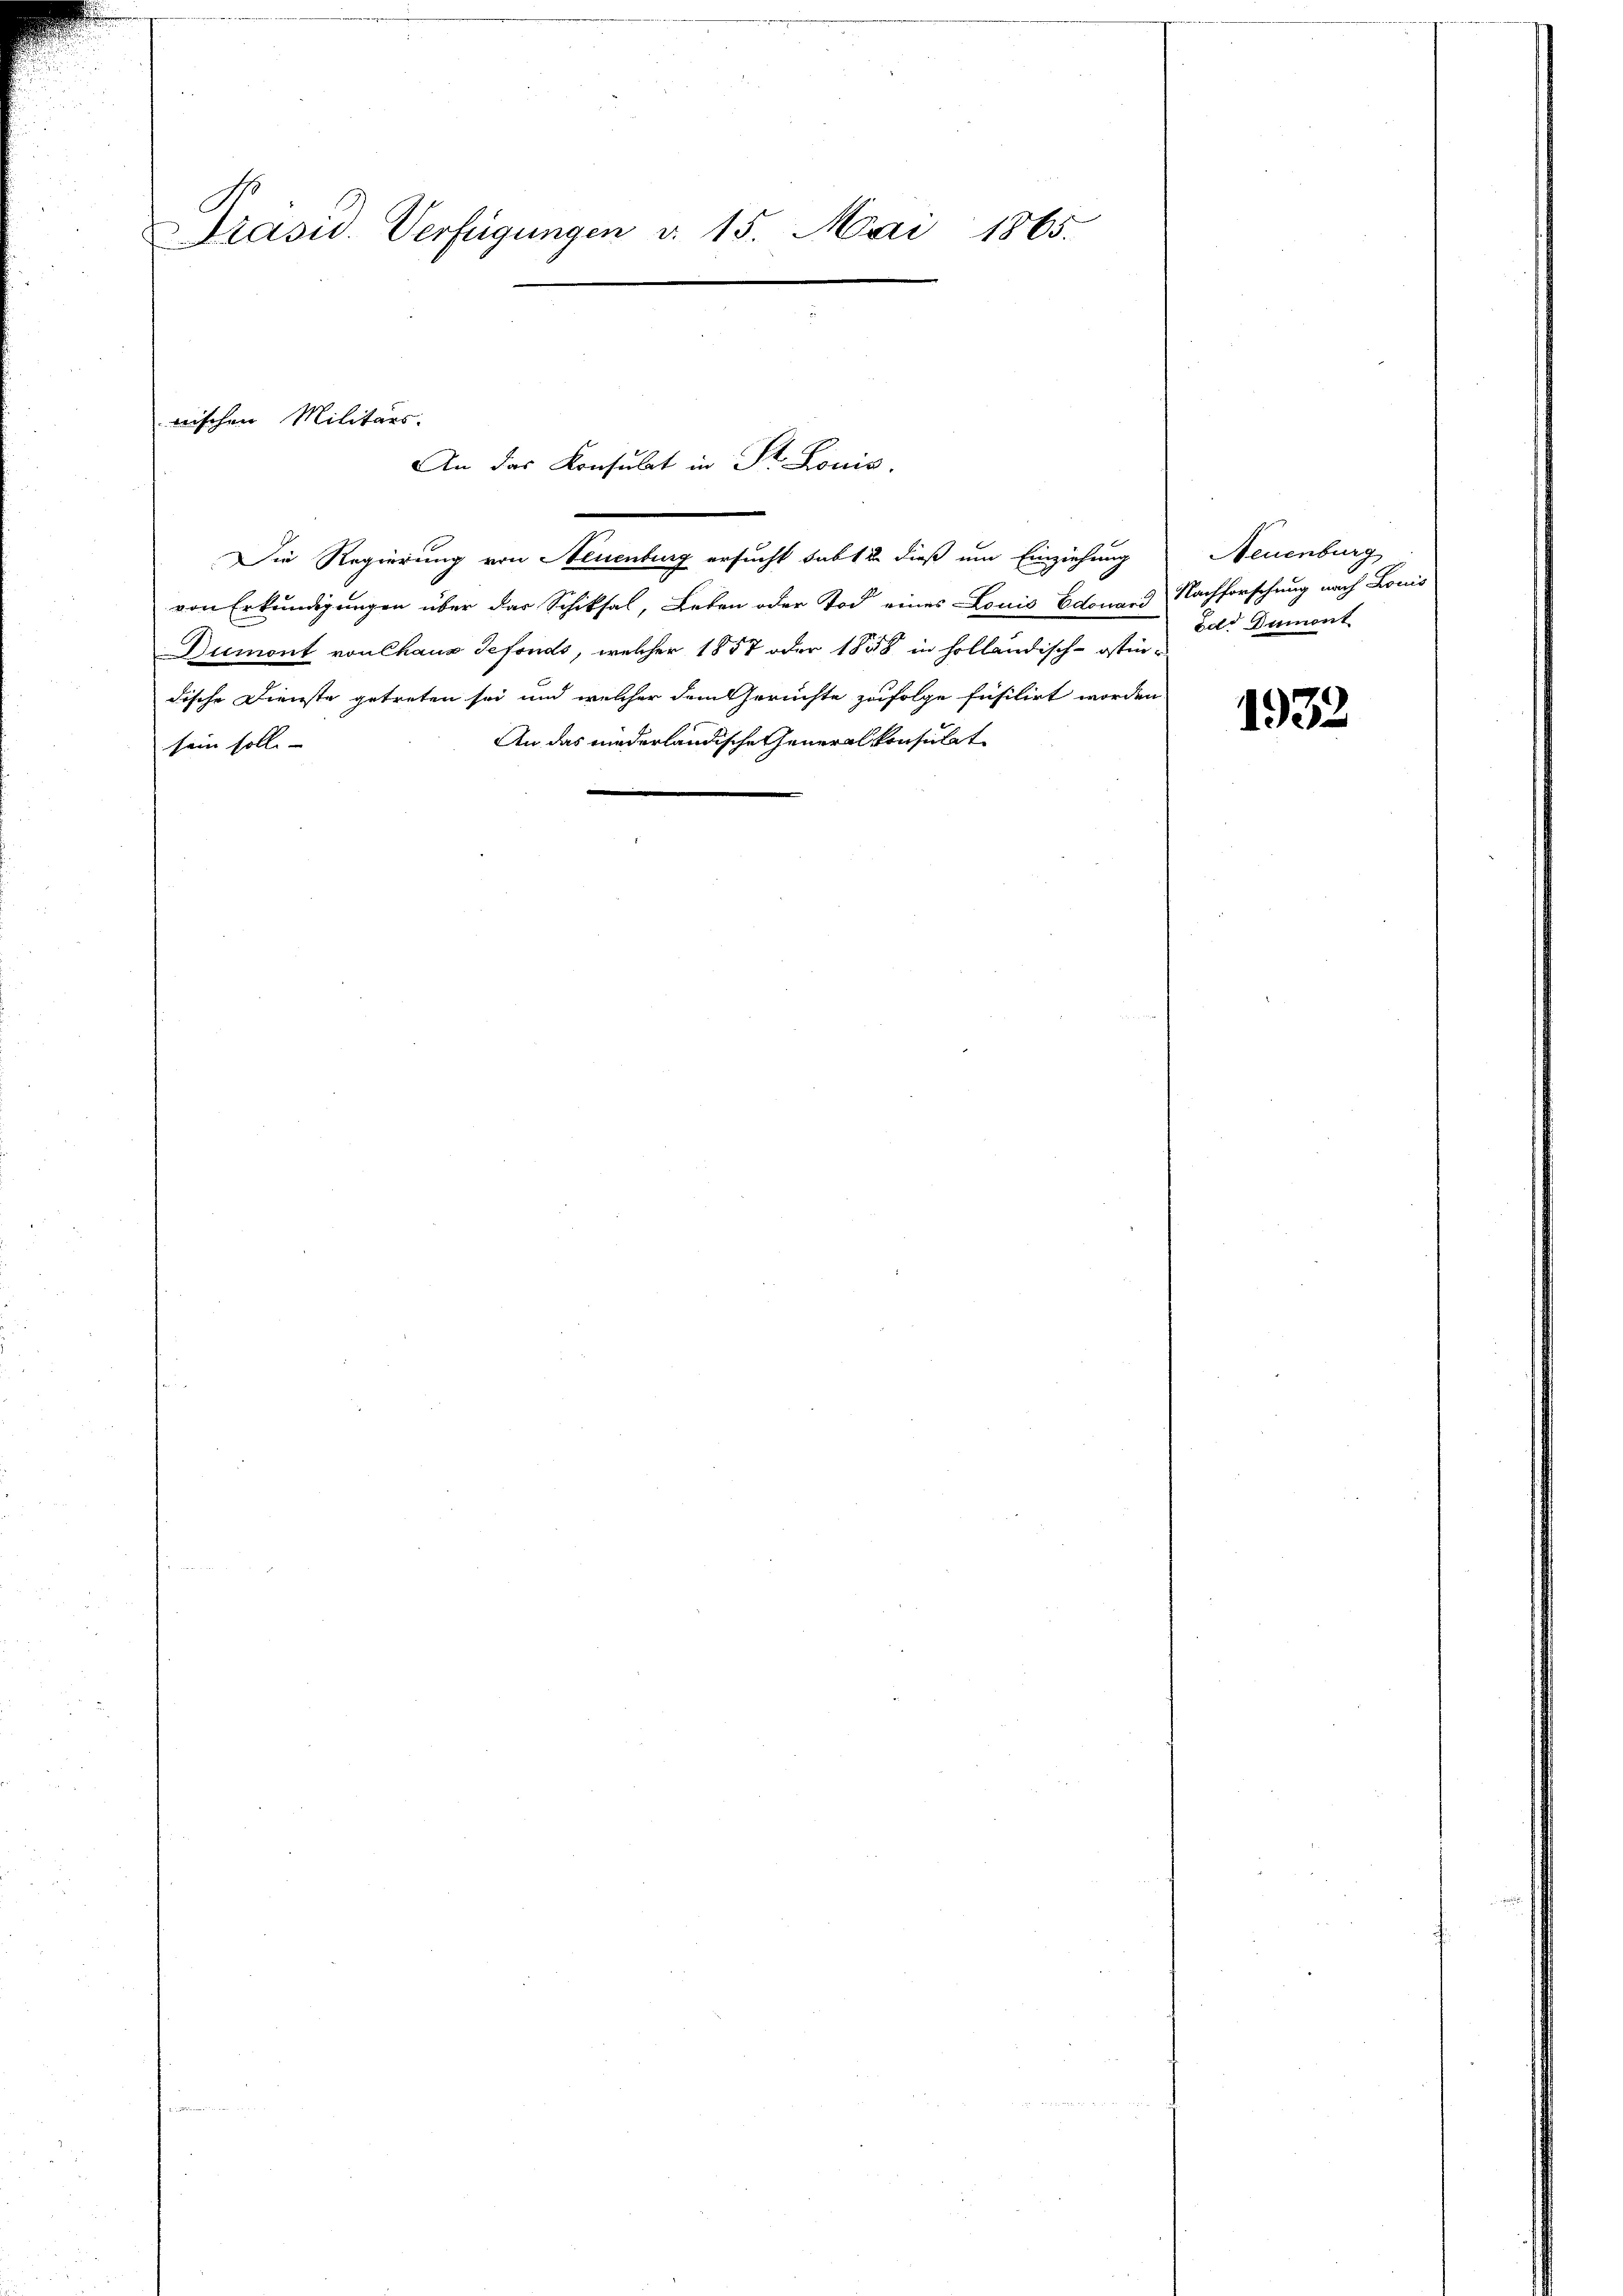
Präsid. Verfügungen v. 15. Mai 1865.

Die Regierung von Neuenburg ersucht habt u. dieß um Einziehung
von Erkundigungen über das Schiksal, Leben oder Tod eines Louis Edouard Nachforschung nach Bonis
Dumont von Chaus Sefonds, welcher 1857 oder 1848 in holländisch-östindische Dienste getreten sei und welcher dem Gerichte zufolge füsilirt worden
An das niederländische Generalkonsulat
sein solle-

wischen Militärs.
An das Konsulat in St. Louis.

Neuenburg
bold Dumont

1932